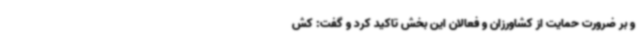
و بر ضرورت حمایت از کشاورزان و فعالان این بخش تاکید کرد و گفت: کش